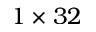
1 \times 3 2